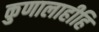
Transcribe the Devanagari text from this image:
कुणालाहीहि